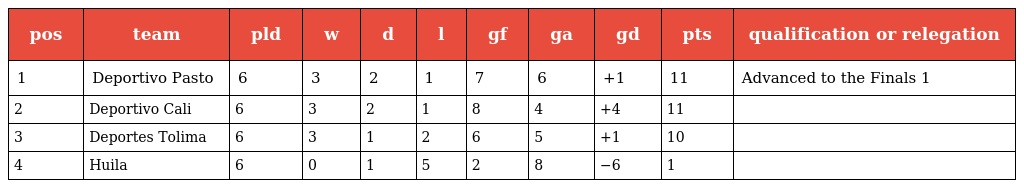
| pos | team | pld | w | d | l | gf | ga | gd | pts | qualification or relegation |
 | --- | --- | --- | --- | --- | --- | --- | --- | --- | --- | --- |
 | 1 | Deportivo Pasto | 6 | 3 | 2 | 1 | 7 | 6 | +1 | 11 | Advanced to the Finals 1 |
 | 2 | Deportivo Cali | 6 | 3 | 2 | 1 | 8 | 4 | +4 | 11 |  |
 | 3 | Deportes Tolima | 6 | 3 | 1 | 2 | 6 | 5 | +1 | 10 |  |
 | 4 | Huila | 6 | 0 | 1 | 5 | 2 | 8 | −6 | 1 |  |